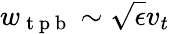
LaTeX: w_{\mathrm{~t~p~b~}}\sim\sqrt{\epsilon}v_{t}